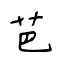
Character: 芭